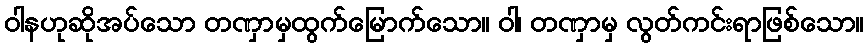
ဝါနဟုဆိုအပ်သော တဏှာမှထွက်မြောက်သော။ ဝါ၊ တဏှာမှ လွတ်ကင်းရာဖြစ်သော။